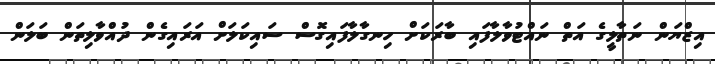
އިޒްޔަން ނަތާލީގެ އަތް ނައްޓުވާލާފައި ބާރަކަށް ހިނގާލާފައިގޮސް ސައިކަލަށް އަރައިގެން ދުއްވާލިތަން ބަލަން